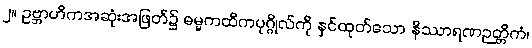
၂။ ဥဗ္ဘာဟိကအဆုံးအဖြတ်၌ ဓမ္မကထိကပုဂ္ဂိုလ်ကို နှင်ထုတ်သော နိဿာရဏဉတ္တိကံ၊